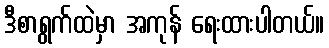
ဒီစာရွက်ထဲမှာ အကုန် ရေးထားပါတယ်။